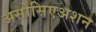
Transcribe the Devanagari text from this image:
असोसिएअशन